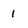
Character: 1